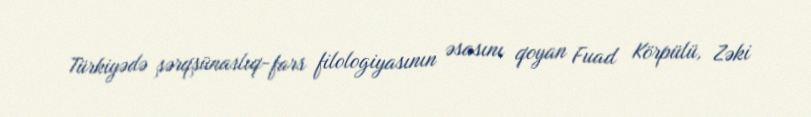
Türkiyədə şərqşünaslıq-fars filologiyasının əsasını qoyan Fuad Körpülü, Zəki